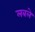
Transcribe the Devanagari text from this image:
लबले